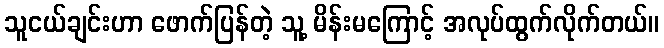
သူငယ်ချင်းဟာ ဖောက်ပြန်တဲ့ သူ့ မိန်းမကြောင့် အလုပ်ထွက်လိုက်တယ်။